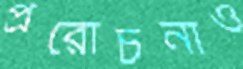
প্ররোচনাও